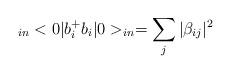
LaTeX: \begin{align*}_{in}<0|b_{i}^{+}b_{i}|0>_{in}=\sum_{j}|\beta_{ij}|^{2}\end{align*}